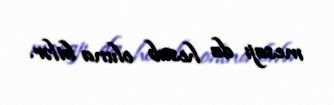
mesajı da hesab oluna bilər.